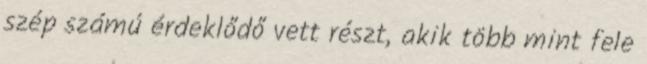
szép számú érdeklődő vett részt, akik több mint fele